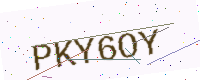
Text: PKY6OY